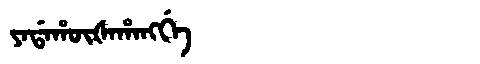
Manchu: ᠶᠠᡩᠠᡥᡡᡧᠠᡥᠠᠩᡤᡝ
Romanization: YADAHŪŠAHANGGE